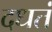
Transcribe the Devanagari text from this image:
दधतं